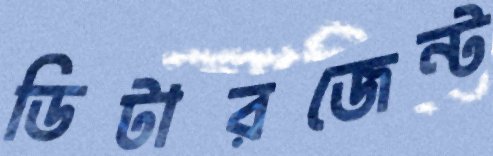
ডিটারজেন্ট